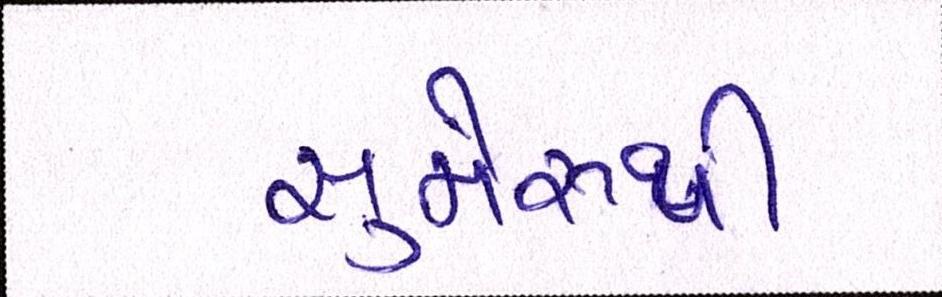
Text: સુમેરૂથી